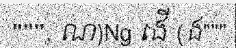
""", ណ)Ng ងើ (ង"""